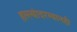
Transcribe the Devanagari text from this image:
हल्ल्यांदरम्यानही